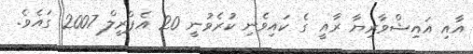
އާއި އައިޝްވާރިޔާ ރާއީ ގެ ކައިވެނި ކުރެވުނީ 20 އެޕްރީލް 2007 ގައެވެ.